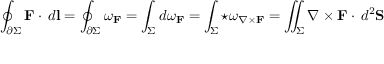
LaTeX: \oint _ { \partial \Sigma } { \mathbf { F } \cdot \, d \mathbf { l } } = \oint _ { \partial \Sigma } { \omega _ { \mathbf { F } } } = \int _ { \Sigma } { d \omega _ { \mathbf { F } } } = \int _ { \Sigma } { \star \omega _ { \nabla \times \mathbf { F } } } = \iint _ { \Sigma } { \nabla \times \mathbf { F } \cdot \, d ^ { 2 } \mathbf { S } }